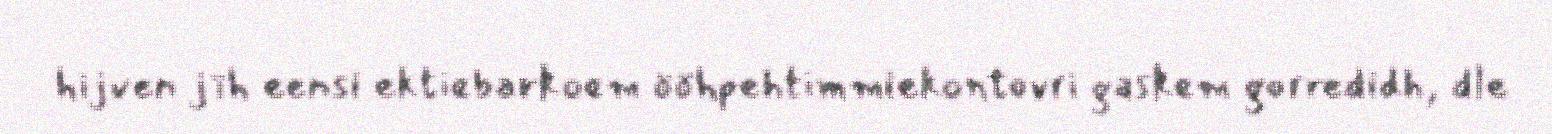
hijven jïh eensi ektiebarkoem ööhpehtimmiekontovri gaskem gorredidh, dle